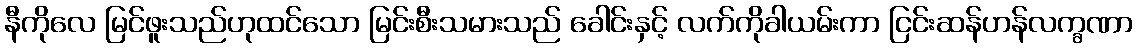
နီကိုလေ မြင်ဖူးသည်ဟုထင်သော မြင်းစီးသမားသည် ခေါင်းနှင့် လက်ကိုခါယမ်းကာ ငြင်းဆန်ဟန်လက္ခဏာ